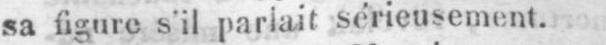
sa figure s’il parlait sérieusement.